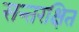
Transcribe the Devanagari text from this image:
सन्तरक्षित